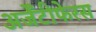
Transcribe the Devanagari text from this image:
अर्जेंटीफेरस